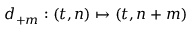
d _ { + m } : ( t , n ) \mapsto ( t , n + m )